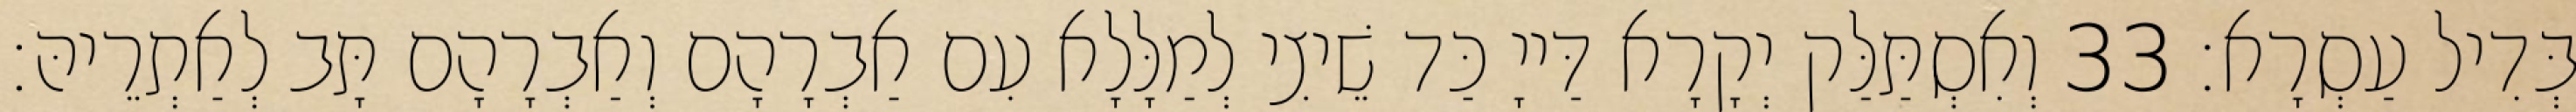
בְּדִיל עַסְרָא׃ 33 וְאִסְתַּלַּק יְקָרָא דַּייָ כַּד שֵׁיצִי לְמַלָּלָא עִם אַבְרָהָם וְאַבְרָהָם תָּב לְאַתְרֵיהּ׃